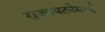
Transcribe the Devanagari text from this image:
राज्यघटनेमध्ये